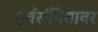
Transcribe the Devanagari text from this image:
पूर्वसंचितावर